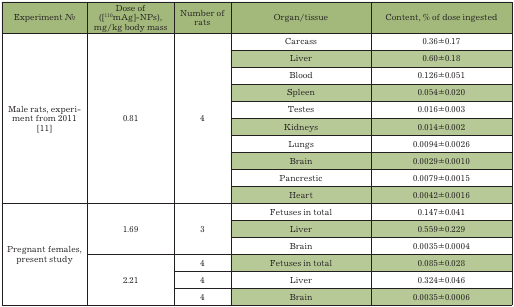
<table><thead><tr><td><b>Experiment No</b></td><td><b>Dose of([<sup>110m</sup>Ag]-NPs),mg/kg body mass</b></td><td><b>Number ofrats</b></td><td><b>Organ/tissue</b></td><td><b>Content, % of dose ingested</b></td></tr></thead><tbody><tr><td rowspan="10">Male rats,experimentfrom 2011[11]</td><td rowspan="10">0.81</td><td rowspan="10">4</td><td>Carcass</td><td>0.36±0.17</td></tr><tr><td>Liver</td><td>0.60±0.18</td></tr><tr><td>Blood</td><td>0.126±0.051</td></tr><tr><td>Spleen</td><td>0.054±0.020</td></tr><tr><td>Testes</td><td>0.016±0.003</td></tr><tr><td>Kidneys</td><td>0.014±0.002</td></tr><tr><td>Lungs</td><td>0.0094±0.0026</td></tr><tr><td>Brain</td><td>0.0029±0.0010</td></tr><tr><td>Pancrestic</td><td>0.0079±0.0015</td></tr><tr><td>Heart</td><td>0.0042±0.0016</td></tr><tr><td rowspan="6">Pregnant females,present study</td><td rowspan="3">1.69</td><td rowspan="3">3</td><td>Fetuses in total</td><td>0.147±0.041</td></tr><tr><td>Liver</td><td>0.559±0.229</td></tr><tr><td>Brain</td><td>0.0035±0.0004</td></tr><tr><td rowspan="3">2.21</td><td>4</td><td>Fetuses in total</td><td>0.085±0.028</td></tr><tr><td>4</td><td>Liver</td><td>0.324±0.046</td></tr><tr><td>4</td><td>Brain</td><td>0.0035±0.0006</td></tr></tbody></table>